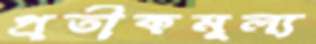
প্রতীকমূল্য